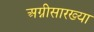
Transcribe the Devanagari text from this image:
अग्नीसारख्या